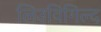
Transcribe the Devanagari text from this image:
लिउविगिल्द